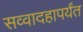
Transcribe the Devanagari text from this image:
सव्वादहापर्यंत